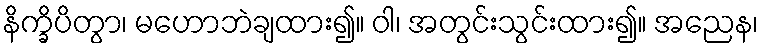
နိက္ခိပိတွာ၊ မဟောဘဲချထား၍။ ဝါ၊ အတွင်းသွင်းထား၍။ အညေန၊